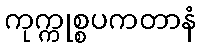
ကုက္ကုစ္စပကတာနံ